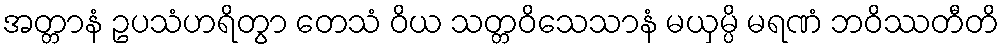
အတ္တာနံ ဥပသံဟရိတွာ တေသံ ဝိယ သတ္တဝိသေသာနံ မယှမ္ပိ မရဏံ ဘဝိဿတီတိ